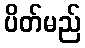
ပိတ်မည်